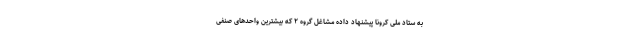
به ستاد ملی کرونا پیشنهاد داده‌ مشاغل گروه ۲ که بیشترین واحدهای صنفی